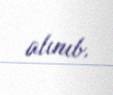
alınıb.